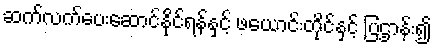
ဆက်လက်ပေးဆောင်နိုင်ရန်နှင့် ဖယောင်းတိုင်နှင့် ပြဌာန်း၍